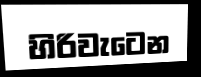
හිරිවැටෙන